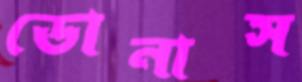
ডোনাস